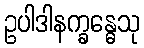
ဥပါဒါနက္ခန္ဓေသု